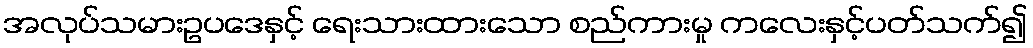
အလုပ်သမားဥပဒေနှင့် ရေးသားထားသော စည်ကားမှု ကလေးနှင့်ပတ်သက်၍